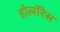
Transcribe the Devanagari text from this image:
डोलॉरेस